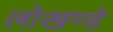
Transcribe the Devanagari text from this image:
लोखण्डे